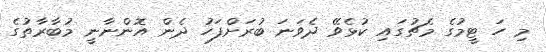
މި ހަ ޓީމުގެ މެޗުގައި ކުޅެވޭ ދެވަނަ ބުރަށްފަހު ދެން އޮންނާނީ މުބާރާތުގެ